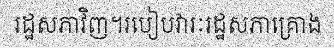
រដ្ឋសភាវិញ។របៀបវារៈរដ្ឋសភាគ្រោង